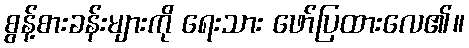
စွန့်စားခန်းများကို ရေးသား ဖော်ပြထားလေ၏။